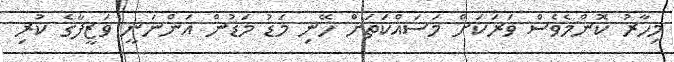
މިހާރު ކޮންމެވެސް ވަރަކަށް މަސައްކަަތަށް ހޭނި މަޑު މަޑުން އަންނަނީ ވަޒީފާގެ ކުރި